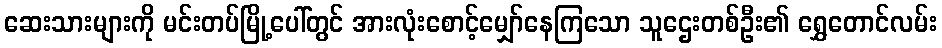
ဆေးသားများကို မင်းတပ်မြို့ပေါ်တွင် အားလုံးစောင့်မျှော်နေကြသော သူဌေးတစ်ဦး၏ ရွှေတောင်လမ်း